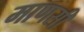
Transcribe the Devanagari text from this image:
माणसी